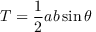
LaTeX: T = { \frac { 1 } { 2 } } a b \sin \theta